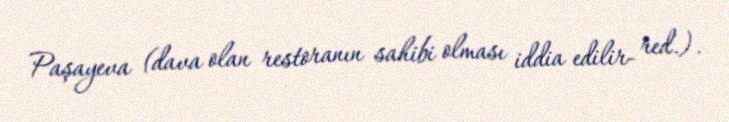
Paşayeva (dava olan restoranın sahibi olması iddia edilir- red.).